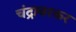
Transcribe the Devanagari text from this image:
चंद्रावरकर